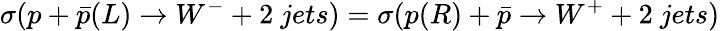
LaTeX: \sigma(p+\bar{p}(L)\rightarrow W^{-}+2{\mathit~jets})=\sigma(p(R)+\bar{p}\rightarrow W^{+}+2{\mathit~jets})